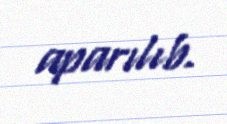
aparılıb.